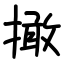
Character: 撖